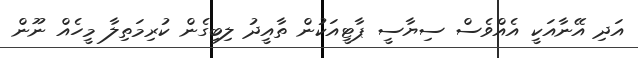
އަދި އޭނާއަކީ އެއްވެސް ސިޔާސީ ޕާޓީއަކުން ތާއީދު ލިބިގެން ކުރިމަތިލާ މީހެއް ނޫން